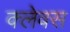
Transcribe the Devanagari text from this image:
क्लेवस